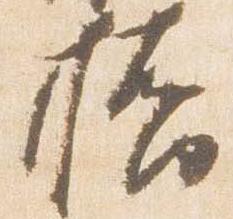
橋